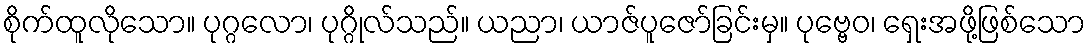
စိုက်ထူလိုသော။ ပုဂ္ဂလော၊ ပုဂ္ဂိုလ်သည်။ ယညာ၊ ယာဇ်ပူဇော်ခြင်းမှ။ ပုဗ္ဗေဝ၊ ရှေးအဖို့ဖြစ်သော